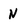
Character: N